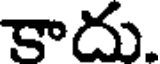
రాదు.